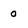
Character: 0